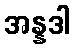
အန္နဒါ